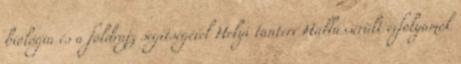
biológia és a földrajz segítségével Helyi tanterv Hallássérült évfolyamok